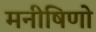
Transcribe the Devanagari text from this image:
मनीषिणो